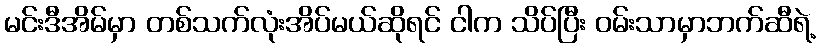
မင်းဒီအိမ်မှာ တစ်သက်လုံးအိပ်မယ်ဆိုရင် ငါက သိပ်ပြီး ဝမ်းသာမှာဘက်ဆီရဲ့